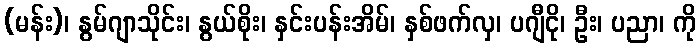
(မန်း)၊ နွမ်ဂျာသိုင်း၊ နွယ်စိုး၊ နှင်းပန်းအိမ်၊ နှစ်ဖက်လှ၊ ပဂျီငို၊ ဦး၊ ပညာ၊ ကို